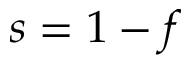
s = 1 - f